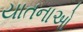
યાતનાઓ